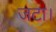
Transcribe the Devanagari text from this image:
जटा।